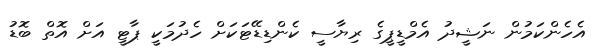
އެހެންކަމުން ނަޝީދު އެމްޑީޕީގެ ރިޔާސީ ކެންޑިޑޭޓަކަށް ހެދުމަކީ ޕާޓީ އަށް އޮތް ބޮޑު